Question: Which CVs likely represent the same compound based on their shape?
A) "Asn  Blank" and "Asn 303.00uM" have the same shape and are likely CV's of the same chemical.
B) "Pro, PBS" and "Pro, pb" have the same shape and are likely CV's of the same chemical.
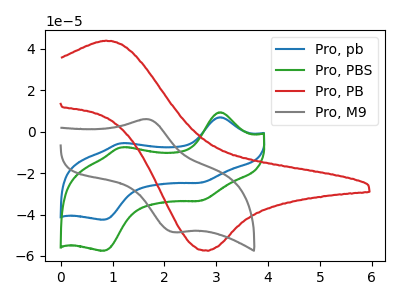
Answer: <think>The blue curve "Pro, pb" has anodic peaks at (3.10V, 6.85uA) (1.15V, -5.65uA) and cathodic peaks at (2.70V, -24.70uA) (0.85V, -42.50uA). The green curve "Pro, PBS" has anodic peaks at (3.10V, 9.25uA) (1.15V, -7.65uA) and cathodic peaks at (2.70V, -33.40uA) (0.85V, -57.50uA). The red curve "Pro, PB" has an anodic peak at (0.90V, 43.80uA) and a cathodic peak at (2.85V, -57.50uA). The gray curve "Pro, M9" has an anodic peak at (1.70V, 5.90uA) and a cathodic peak at (2.15V, -48.50uA).
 All the peaks in "Pro, pb" have a peak in "Pro, PBS" at the same potential. "Pro, pb" and "Pro, PB" have a different number of peaks. "Pro, pb" and "Pro, M9" have a different number of peaks. "Pro, PBS" and "Pro, PB" have a different number of peaks. "Pro, PBS" and "Pro, M9" have a different number of peaks. "Pro, PB" and "Pro, M9" have at least one peak that do not match.</think>
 <answer>B) "Pro, PBS" and "Pro, pb" have the same shape and are likely CV's of the same chemical.</answer>
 <eval>B</eval>